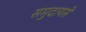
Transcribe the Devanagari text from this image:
समुदायसे